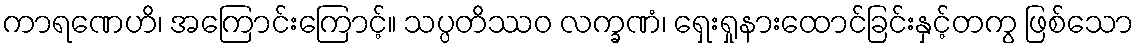
ကာရဏေဟိ၊ အကြောင်းကြောင့်။ သပ္ပတိဿဝ လက္ခဏံ၊ ရှေးရှုနားထောင်ခြင်းနှင့်တကွ ဖြစ်သော